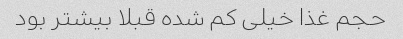
حجم غذا خیلی کم شده قبلا بیشتر بود